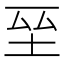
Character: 𭎆